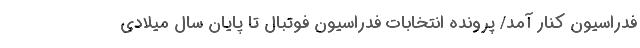
فدراسیون کنار آمد/ پرونده انتخابات فدراسیون فوتبال تا پایان سال میلادی